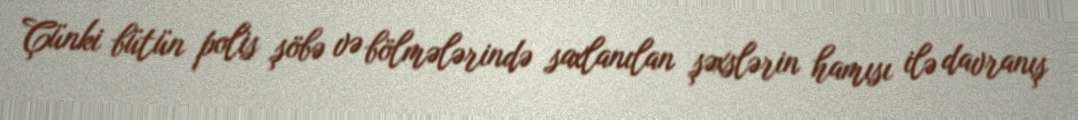
Çünki bütün polis şöbə və bölmələrində saxlanılan şəxslərin hamısı ilə davranış